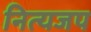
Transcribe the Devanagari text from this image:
नित्यजप